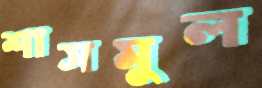
শাসমুল